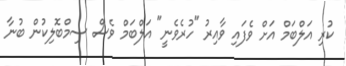
ކުރި އަލްބަމް އަށް ވެފައި ވާއިރު "ހުރެވެނީ" އަލްބަމް ވެސް ސިމްބޮލިކުން ބުނާ